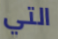
التي